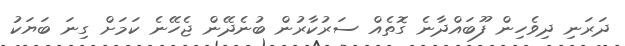
ދަރަނި ދިވެހިން ފޫބައްދާނެ ގޮތެއް ސަރުކާރުން ބުނެދޭން ޖެހޭނެ ކަމަށް ގިނަ ބަޔަކު